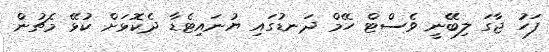
ފަހު ޖާގަ ލިބޭނީ ވެސްޓް ހޭމް ދަނޑުގައި ޔުނައިޓެޑާ ދެކޮޅަށް ކުޅޭ މެޗުން